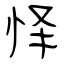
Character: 怿